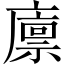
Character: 廪